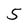
Character: 5